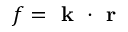
f = \textbf { k } \cdot \textbf { r }